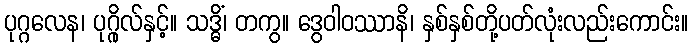
ပုဂ္ဂလေန၊ ပုဂ္ဂိုလ်နှင့်။ သဒ္ဓိံ၊ တကွ။ ဒွေဝါဝဿာနိ၊ နှစ်နှစ်တို့ပတ်လုံးလည်းကောင်း။